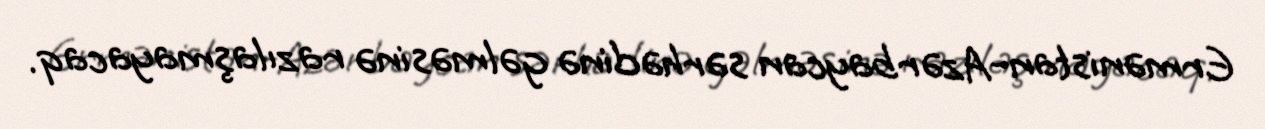
Ermənistan-Azərbaycan sərhədinə gəlməsinə razılaşmayacaq.